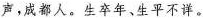
声，成都人。生卒年、生平不详。